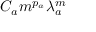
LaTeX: C _ { a } m ^ { p _ { a } } \lambda _ { a } ^ { m }